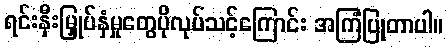
ရင်းနှီးမြှုပ်နှံမှုတွေပိုလုပ်သင့်ကြောင်း အကြံပြုတာပါ။